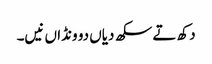
دکھ تے سکھ دیاں دو ونڈاں نیں۔